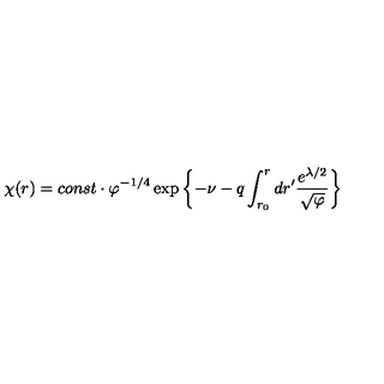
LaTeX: \chi ( r ) = c o n s t \cdot \varphi ^ { - 1 / 4 } \exp \left\{ - \nu - q \int _ { r _ { 0 } } ^ { r } d r ^ { \prime } \frac { e ^ { \lambda / 2 } } { \sqrt { \varphi } } \right\}